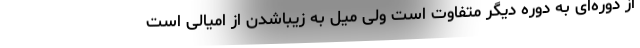
از دوره‌ای به دوره دیگر متفاوت است ولی میل به زیباشدن از امیالی است